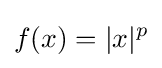
f(x)=|x|^{p}